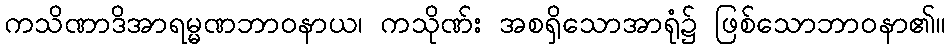
ကသိဏာဒိအာရမ္မဏဘာဝနာယ၊ ကသိုဏ်း အစရှိသောအာရုံ၌ ဖြစ်သောဘာဝနာ၏။